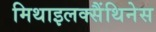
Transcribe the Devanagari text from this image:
मिथाइलक्सैंथिनेस